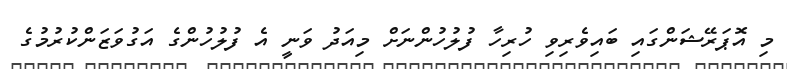
މި އޮޕަރޭޝަންގައި ބައިވެރިވި ހުރިހާ ފުލުހުންނަށް މިއަދު ވަނީ އެ ފުލުހުންގެ އަގުވަޒަންކުރުމުގެ